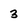
Character: 3